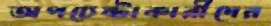
অপচেষ্টাকারীদের